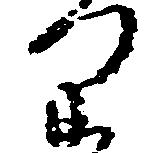
り